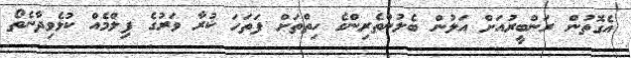
އެގޮތުން ރަންބީރުއަށް އަލުން ބެލުންތެރިންގެ ހިތްތަށް ފަތަހަ ކުރާ ވަރުގެ ފިލްމެއް ކުޅެވިދާނެތޯ